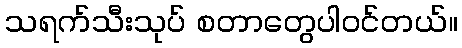
သရက်သီးသုပ် စတာတွေပါဝင်တယ်။